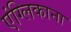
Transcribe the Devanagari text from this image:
एंग्लिकाना